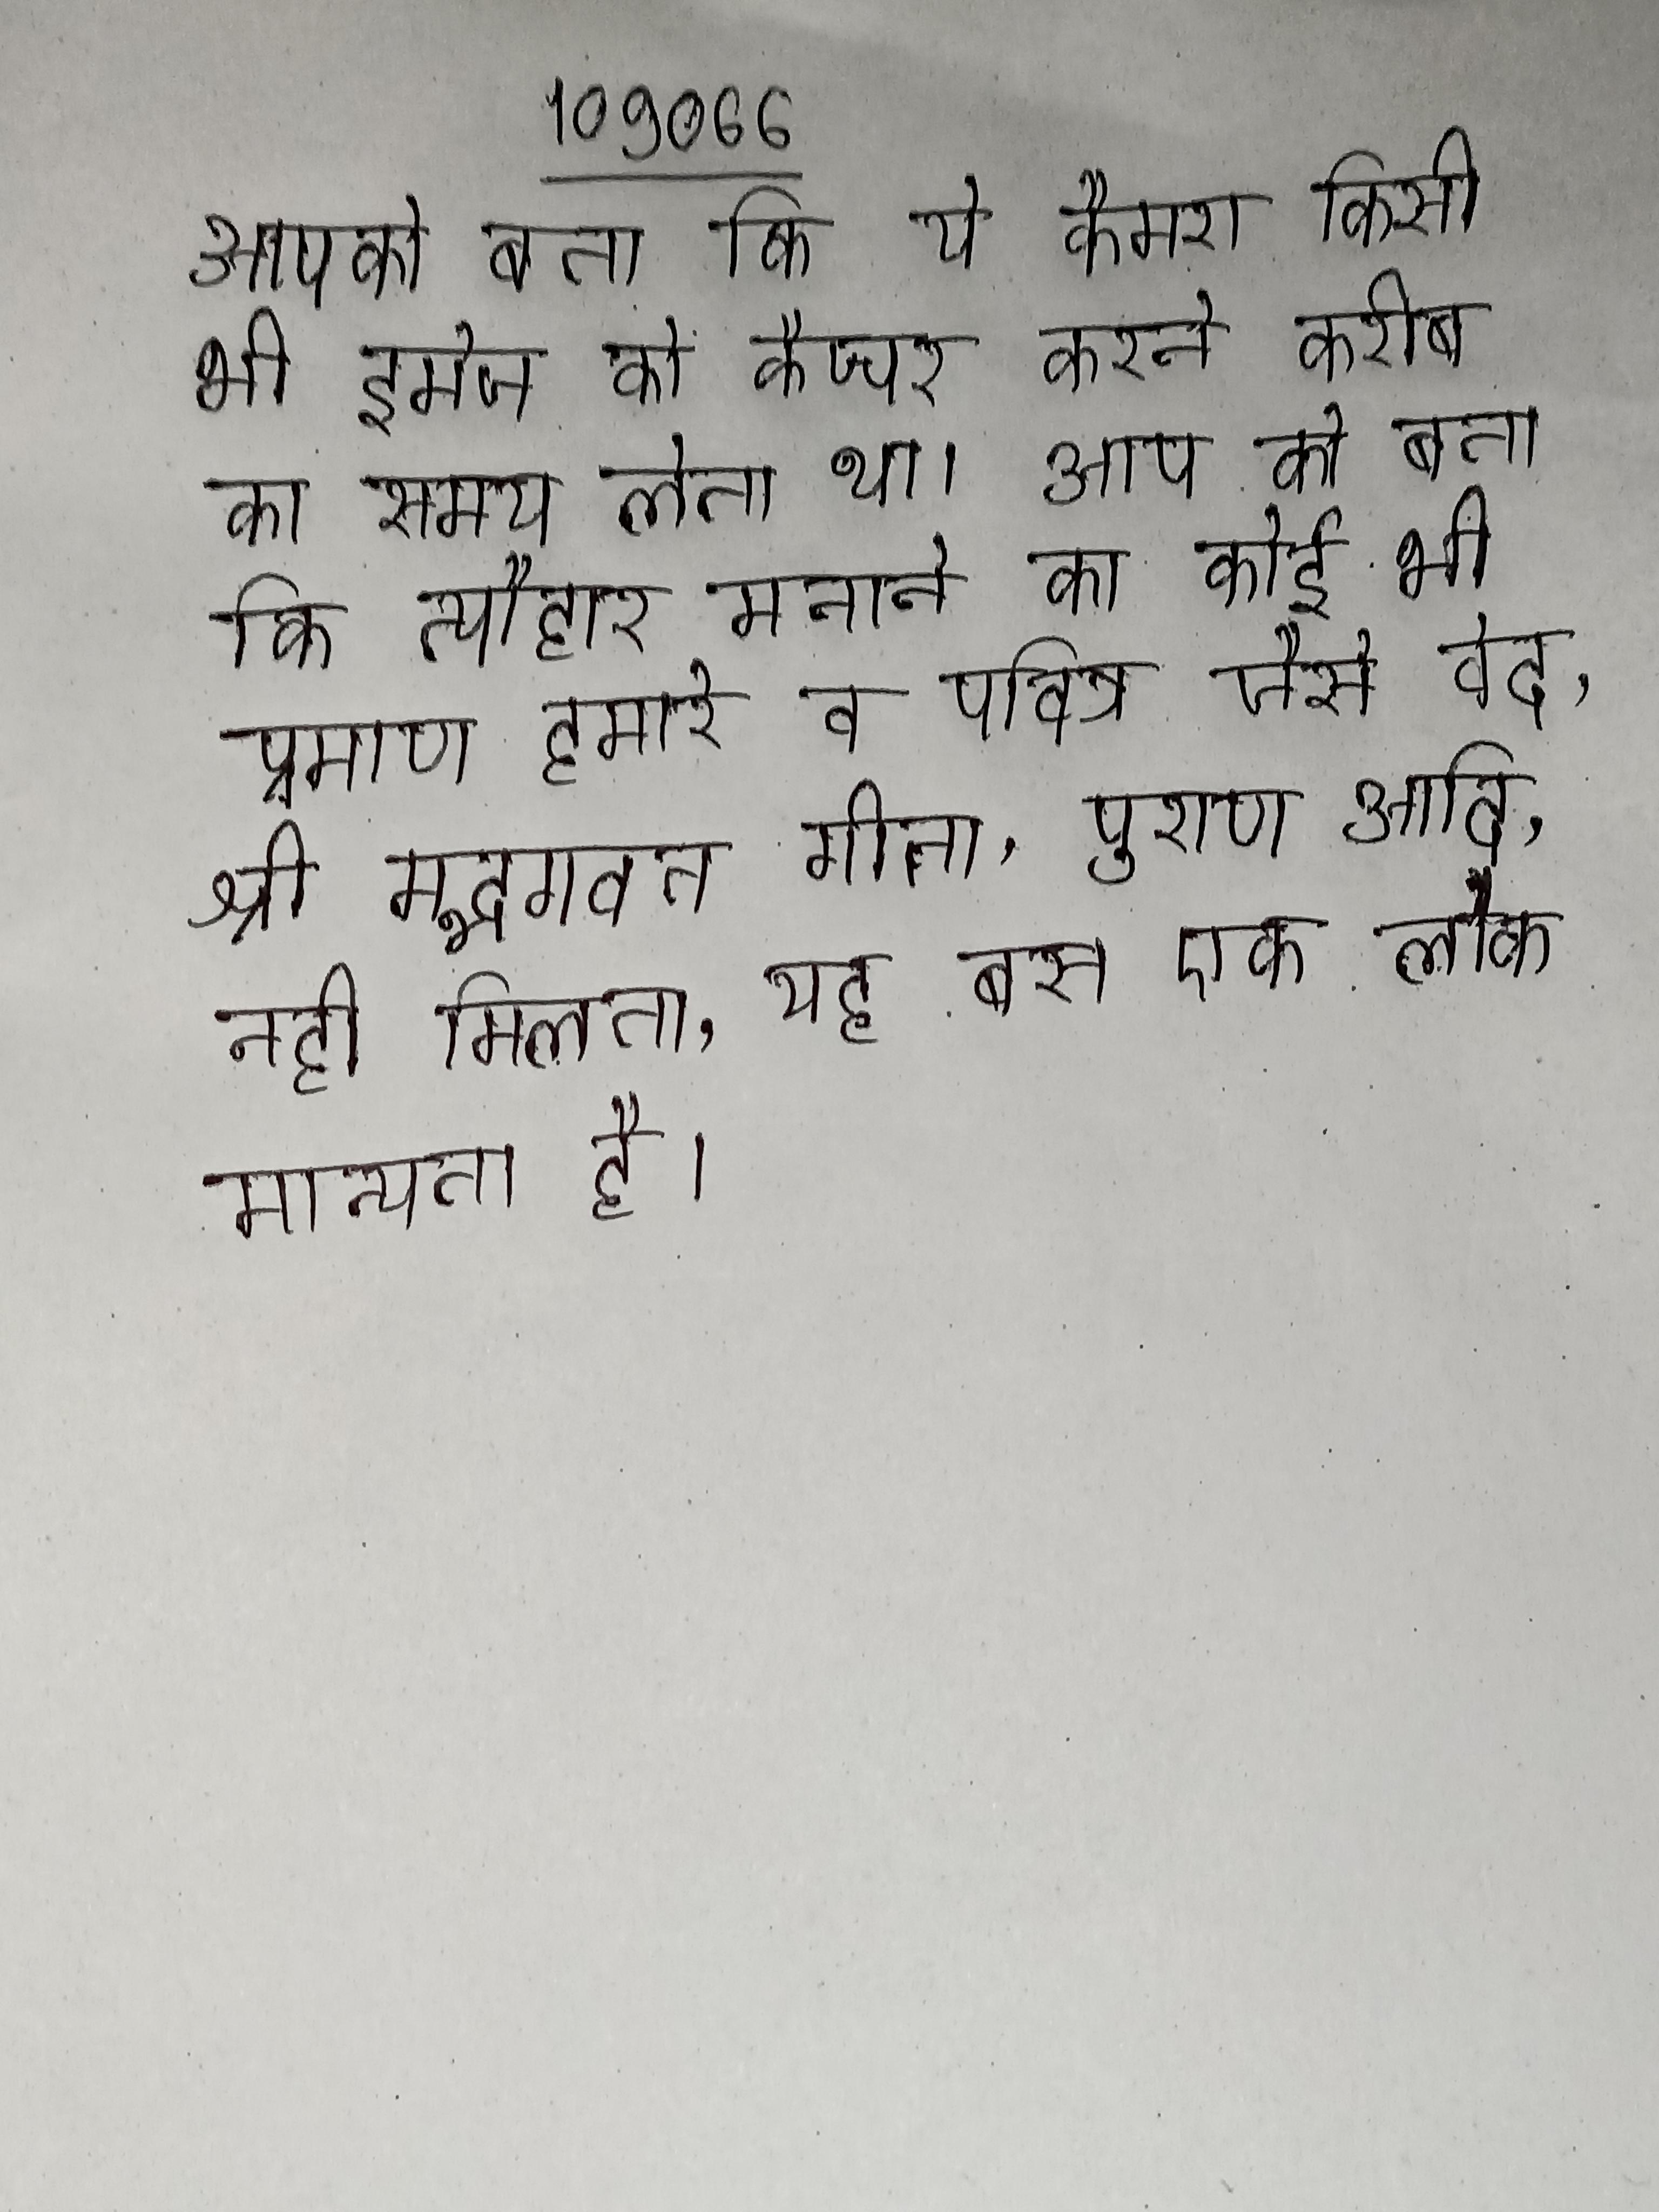
आपको बता कि ये कैमरा किसी भी इमेज को कैप्चर करने करीब का समय लेता था । आप को बता कि त्यौहार मनाने का कोई भी प्रमाण हमारे व पवित्र जैसे वेद, श्री मद्भगवत गीता, पुराण आदि नही मिलता, यह बस एक लोक मान्यता है ।